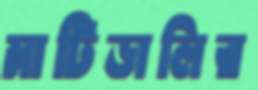
মাটিডালির